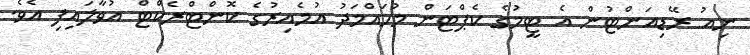
ނިއު ރޭޑިއަންޓުން އެ ޓީމުގެ ކެޕްޓަން މުހައްމަދު އުމެއިރުގެ ކޮންޓްރެކްޓް އުވާލައިފި އެވެ.